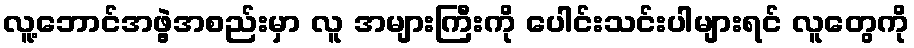
လူ့ဘောင်အဖွဲ့အစည်းမှာ လူ အများကြီးကို ပေါင်းသင်းပါများရင် လူတွေကို